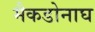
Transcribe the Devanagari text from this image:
मैकडोनाघ